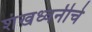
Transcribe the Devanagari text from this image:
शंखध्वनीचे